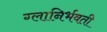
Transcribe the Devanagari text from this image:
ग्लानिर्भवती